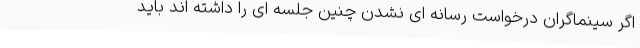
اگر سینماگران درخواست رسانه ای نشدن چنین جلسه ای را داشته اند باید